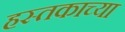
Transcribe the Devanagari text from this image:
हस्तकाच्या